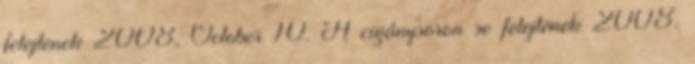
felejtenek 2008. October 10. A cigánysoron se felejtenek 2008.